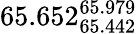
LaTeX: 65.652_{65.442}^{65.979}